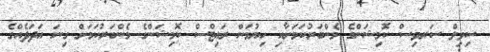
ސިވިލް ސަރވިސް ކޮމިޝަންގެ މެންބަރުކަމަށާއި ހިޔުމަން ރައިޓްސް ކޮމިޝަންގެ މެންބަރުކަމަށް ގިނަ އަދަދެއްގެ